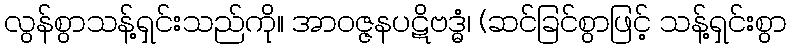
လွန်စွာသန့်ရှင်းသည်ကို။ အာဝဇ္ဇနပဋိဗဒ္ဓံ၊ (ဆင်ခြင်စွာဖြင့် သန့်ရှင်းစွာ